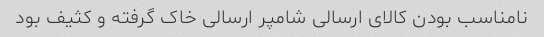
نامناسب بودن کالای ارسالی شامپر ارسالی خاک گرفته و کثیف بود